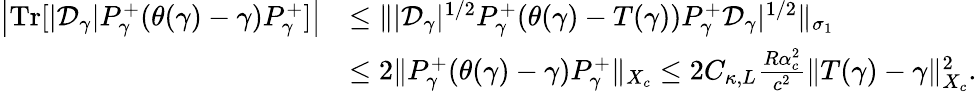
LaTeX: \begin{array}{rl}{\left|{\mathrm{Tr}}[|\mathcal D_{\gamma}|P_{\gamma}^{+}(\theta(\gamma)-\gamma)P_{\gamma}^{+}]\right|}&{\leq\| |\mathcal D_{\gamma}|^{1/2}P_{\gamma}^{+}(\theta(\gamma)-T(\gamma))P_{\gamma}^{+}\mathcal D_{\gamma}|^{1/2}\| _{\sigma_{1}}}\\ &{\leq 2\| P_{\gamma}^{+}(\theta(\gamma)-\gamma)P_{\gamma}^{+}\| _{X_{c}}\leq 2C_{\kappa,L}\frac{R\alpha_{c}^{2}}{c^{2}}\| T(\gamma)-\gamma\| _{X_{c}}^{2}.}\end{array}